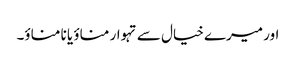
اور میرے خیال سے تہوار مناؤ یا نا مناؤ۔